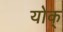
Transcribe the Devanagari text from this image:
योक्